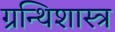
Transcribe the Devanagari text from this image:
ग्रन्थिशास्त्र